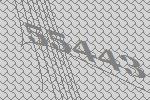
55443